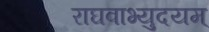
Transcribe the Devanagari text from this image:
राघवाभ्युदयम्